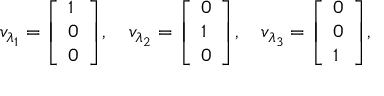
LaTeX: v _ { \lambda _ { 1 } } = { \left[ \begin{array} { l } { 1 } \\ { 0 } \\ { 0 } \end{array} \right] } , \quad v _ { \lambda _ { 2 } } = { \left[ \begin{array} { l } { 0 } \\ { 1 } \\ { 0 } \end{array} \right] } , \quad v _ { \lambda _ { 3 } } = { \left[ \begin{array} { l } { 0 } \\ { 0 } \\ { 1 } \end{array} \right] } ,